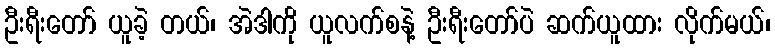
ဦးရီးတော် ယူခဲ့ တယ်၊ အဲဒါကို ယူလက်စနဲ့ ဦးရီးတော်ပဲ ဆက်ယူထား လိုက်မယ်၊